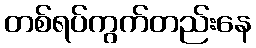
တစ်ရပ်ကွက်တည်းနေ